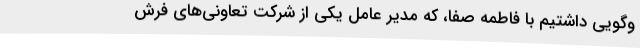
‌وگویی داشتیم با فاطمه صفا، که مدیر عامل یکی از شرکت تعاونی‌های فرش